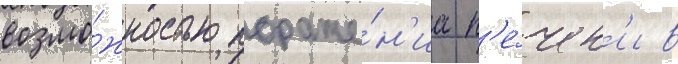
возмо́жностью пораже́н'иа п'е́чен'и в